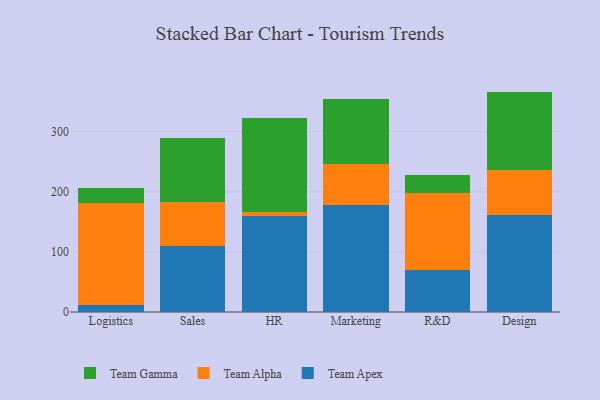
{"axis": {"x": "Department", "y": "Demand Index"}, "legend": ["Team Alpha", "Team Apex", "Team Gamma"], "data": [{"x": "Logistics", "y": 10.9, "type": "Team Apex"}, {"x": "Logistics", "y": 170.1, "type": "Team Alpha"}, {"x": "Logistics", "y": 25.6, "type": "Team Gamma"}, {"x": "Sales", "y": 109.7, "type": "Team Apex"}, {"x": "Sales", "y": 73.0, "type": "Team Alpha"}, {"x": "Sales", "y": 107.3, "type": "Team Gamma"}, {"x": "HR", "y": 159.3, "type": "Team Apex"}, {"x": "HR", "y": 6.3, "type": "Team Alpha"}, {"x": "HR", "y": 157.4, "type": "Team Gamma"}, {"x": "Marketing", "y": 178.7, "type": "Team Apex"}, {"x": "Marketing", "y": 67.6, "type": "Team Alpha"}, {"x": "Marketing", "y": 107.6, "type": "Team Gamma"}, {"x": "R&D", "y": 69.3, "type": "Team Apex"}, {"x": "R&D", "y": 129.1, "type": "Team Alpha"}, {"x": "R&D", "y": 28.9, "type": "Team Gamma"}, {"x": "Design", "y": 161.8, "type": "Team Apex"}, {"x": "Design", "y": 74.6, "type": "Team Alpha"}, {"x": "Design", "y": 130.2, "type": "Team Gamma"}]}